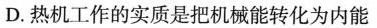
D.热机工作的实质是把机械能转化为内能